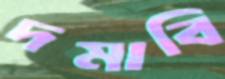
দমাবি